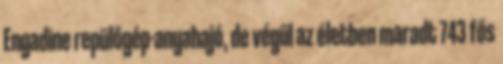
Engadine repülőgép-anyahajó, de végül az életben maradt 743 fős